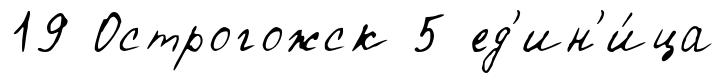
19 Острогожск 5 ед'ин'и́ца